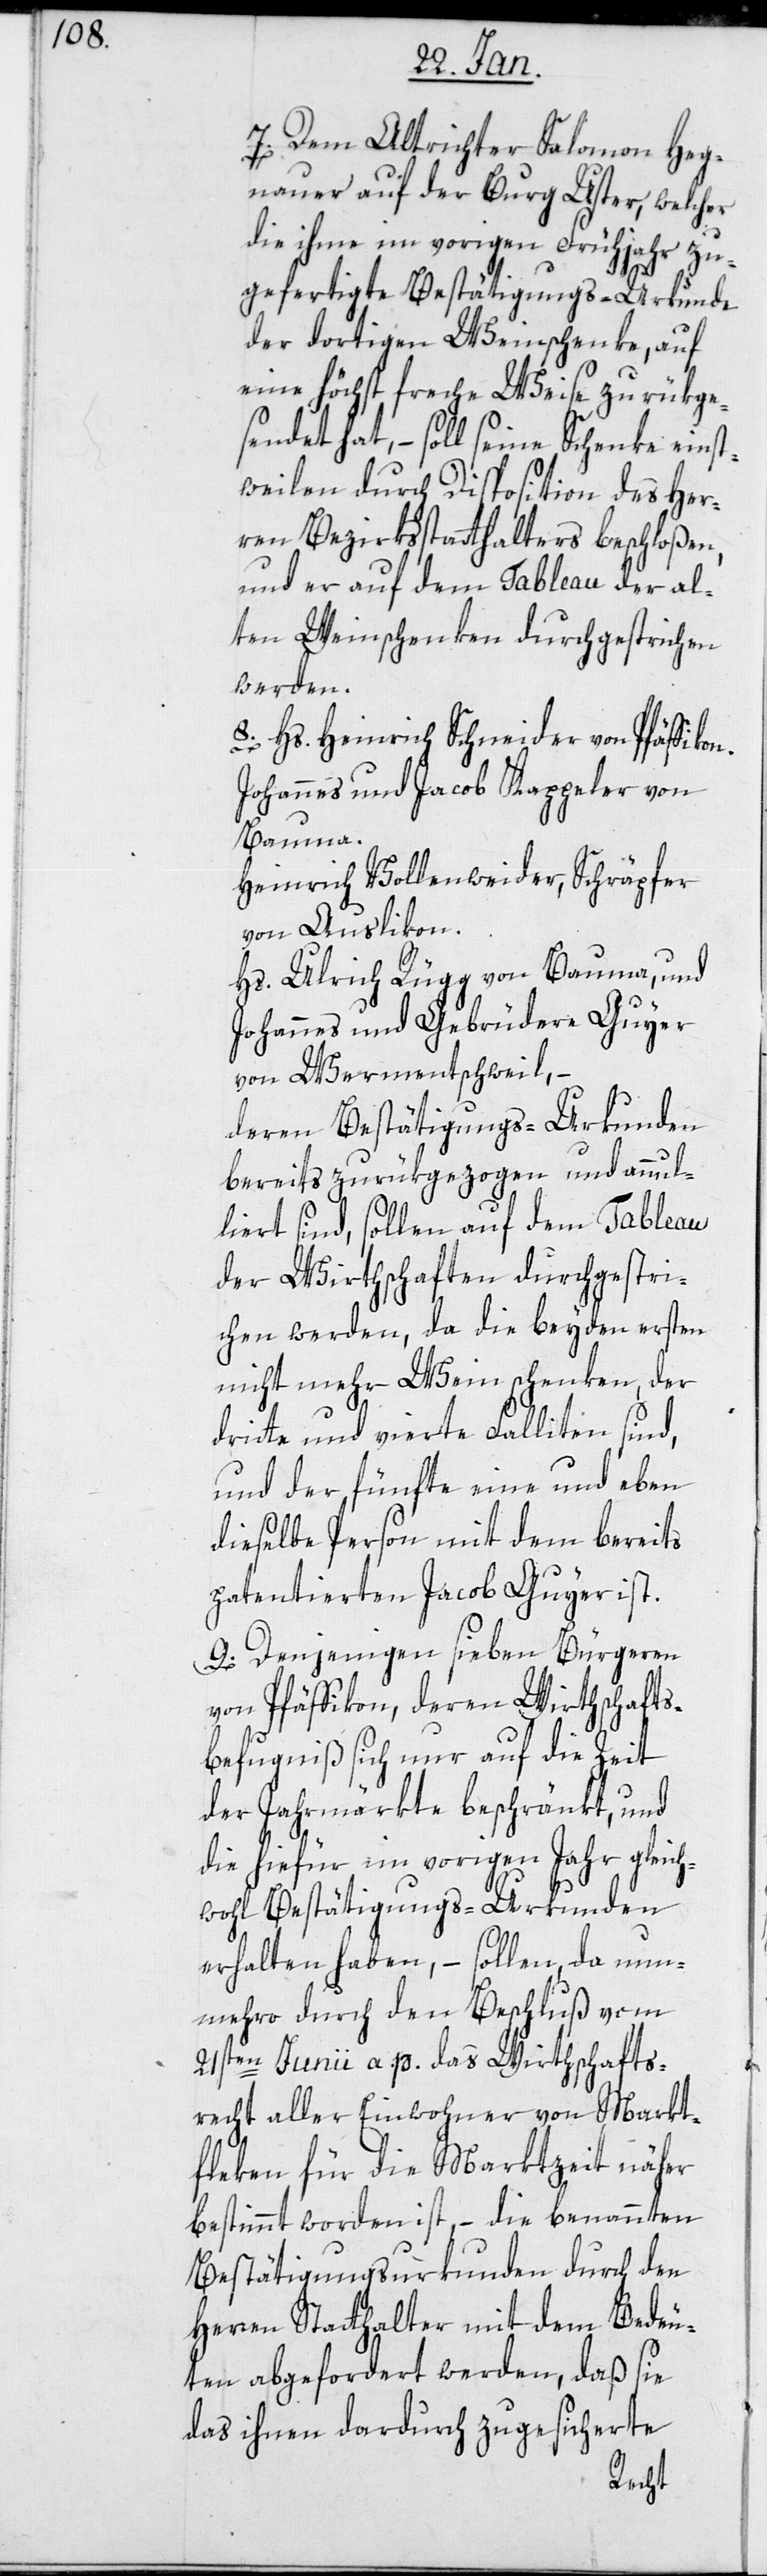
7. Dem Altrichter Salomon Heg¬
nauer auf der Burg Uster, welcher
die ihme im vorigen Frühjahr zu¬
gefertigte Bestätigungs-Urkunde
der dortigen Weinschenke, auf
eine höchst freche Weise zurükge¬
sendet hat, – soll seine Schenke einst¬
weilen durch Disposition des Her¬
ren Bezirksstatthalters beschloßen,
und er auf dem Tableau der al¬
ten Weinschenken durchgestrichen
werden.
8. Hs. Heinrich Schneider von Pfäffikon.
Johannes und Jacob Kappeler von
Bauma.
Heinrich Vollenweider, Schräpfer
von Auslikon.
Hs. Ulrich Rüegg von Bauma; und
Johannes und Gebrüdere Guyer
von Wermentschweil; –
deren Bestätigungs-Urkunden
bereits zurükgezogen und annul¬
liert sind, sollen auf dem Tableau
der Wirthschaften durchgestri¬
chen werden, da die beyden ersten
nicht mehr Wein schenken, der
dritte und vierte Falliten sind,
und der fünfte eine und eben
dieselbe Person mit dem bereits
patentierten Jacob Guyer ist.
9. Denjenigen sieben Bürgeren
von Pfäffikon, deren Wirthschafts¬
befugniß sich nur auf die Zeit
der Jahrmärkte beschränkt, und
die hiefür im vorigen Jahr gleich¬
wohl Bestätigungs-Urkunden
erhalten haben, – sollen, da nun¬
mehro durch den Beschluß vom
21sten Junii a. p. das Wirthschafts¬
recht aller Einwohner von Markt¬
fleken für die Marktzeit näher
bestimmt worden ist, – die benannten
Bestätigungsurkunden durch den
Herren Statthalter mit dem Bedeu¬
ten abgefordert werden, daß sie
das ihnen dadurch zugesicherte